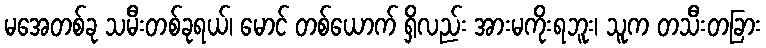
မအေတစ်ခု သမီးတစ်ခုရယ်၊ မောင် တစ်ယောက် ရှိလည်း အားမကိုးရဘူး၊ သူက တသီးတခြား